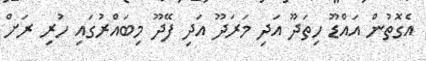
އެގޮތުން އައްޑޫ ހިތަދޫ އަދި މަރަދޫ އަދި ފޭދޫ މިބައްރުގައި ހުރި ރަށް